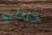
خلالي